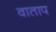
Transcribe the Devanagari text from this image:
वाताप